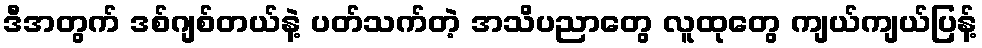
ဒီအတွက် ဒစ်ဂျစ်တယ်နဲ့ ပတ်သက်တဲ့ အသိပညာတွေ လူထုတွေ ကျယ်ကျယ်ပြန့်